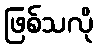
ဖြစ်သလို